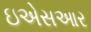
ઇએસઆર